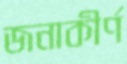
জনাকীর্ণ